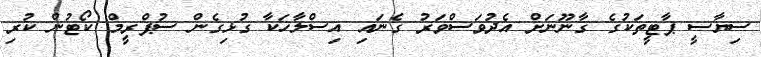
ސިޔާސީ ޕާޓީތަކުގެ ގާނޫނަށް އެދުވަސްވަރު ގެނައި އިސްލާހަކާ ގުޅިގެން ސުޕްރީމް ކޯޓުން ކުރި